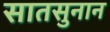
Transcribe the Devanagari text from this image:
सातसुनान